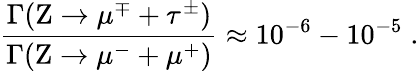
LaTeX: {\frac{\Gamma(\mathrm{Z}\to\mu^{\mp}+\tau^{\pm})}{\Gamma(\mathrm{Z}\to\mu^{-}+\mu^{+})}}\approx 10^{-6}-10^{-5}\; .